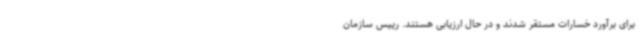
برای برآورد خسارات مستقر شدند و در حال ارزیابی هستند. رییس سازمان